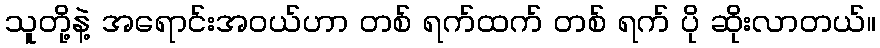
သူတို့နဲ့ အရောင်းအဝယ်ဟာ တစ် ရက်ထက် တစ် ရက် ပို ဆိုးလာတယ်။